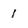
Character: 1